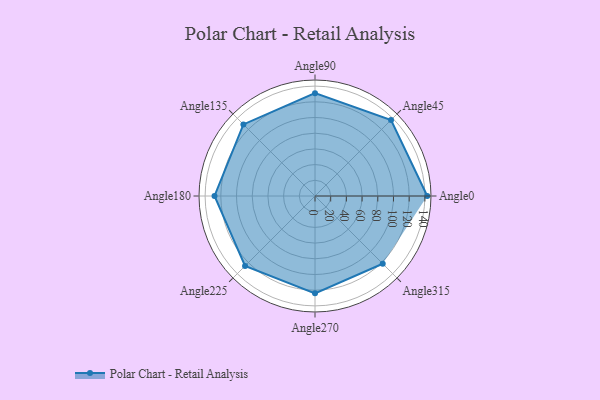
{"axis": {"x": "Angle", "y": "Radius"}, "legend": [""], "data": [{"x": "Angle0", "y": 143.0, "type": ""}, {"x": "Angle45", "y": 137.0, "type": ""}, {"x": "Angle90", "y": 131.0, "type": ""}, {"x": "Angle135", "y": 129.0, "type": ""}, {"x": "Angle180", "y": 128.0, "type": ""}, {"x": "Angle225", "y": 126.0, "type": ""}, {"x": "Angle270", "y": 124.0, "type": ""}, {"x": "Angle315", "y": 122.0, "type": ""}]}